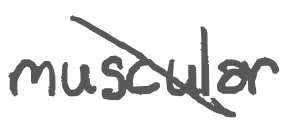
Text: muscular
Cross-out: diagonal
Writing tool: digital_gray